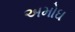
અમોઘ